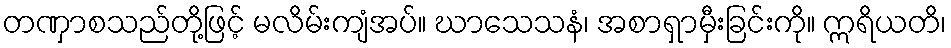
တဏှာစသည်တို့ဖြင့် မလိမ်းကျံအပ်။ ဃာသေသနံ၊ အစာရှာမှီးခြင်းကို။ ဣရိယတိ၊